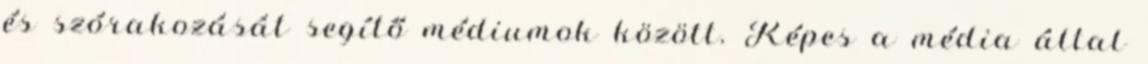
és szórakozását segítő médiumok között. Képes a média által